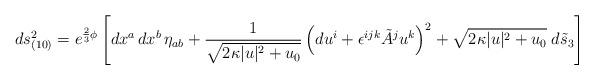
LaTeX: \begin{align*}ds^2_{(10)}=e^{\frac23 \phi}\left[dx^a \, dx^b \,\eta_{ab}+ {1 \over\sqrt{2 \kappa |u|^2 + u_0}}\left(du^i + \epsilon^{ijk} \tilde{A}^ju^k\right)^2 + \sqrt{2 \kappa |u|^2 + u_0} \;d\tilde{s}_3\right]\end{align*}